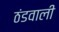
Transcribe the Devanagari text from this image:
ठंडवाली